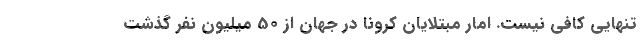
تنهایی کافی نیست. امار مبتلایان کرونا در جهان از 50 میلیون نفر گذشت